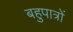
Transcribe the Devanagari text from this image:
बहुपात्रों